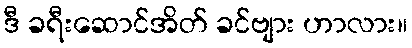
ဒီ ခရီးဆောင်အိတ် ခင်ဗျား ဟာလား။